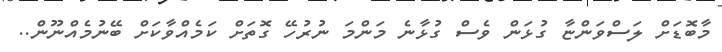
މާބޮޑަށް ލަސްވަންޏާ ގުޅަން ވެސް ގުޅާނެ މަންމަ ނުރުހޭ ގޮތަށް ކަމެއްވާކަށް ބޭނުމެއްނޫން..